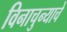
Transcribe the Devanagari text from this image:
विनाचुन्याचे